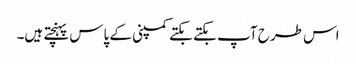
اس طرح آپ بکتے بکتے کمپنی کے پاس پہنچتے ہیں۔